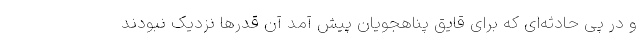
و در پی حادثه‌ای که برای قایق پناهجویان پیش آمد آن قدرها نزدیک نبودند